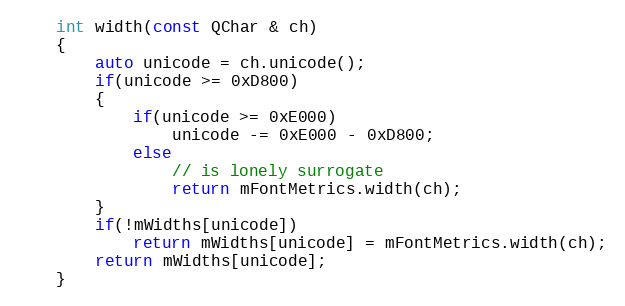
Language: C
    int width(const QChar & ch)
    {
        auto unicode = ch.unicode();
        if(unicode >= 0xD800)
        {
            if(unicode >= 0xE000)
                unicode -= 0xE000 - 0xD800;
            else
                // is lonely surrogate
                return mFontMetrics.width(ch);
        }
        if(!mWidths[unicode])
            return mWidths[unicode] = mFontMetrics.width(ch);
        return mWidths[unicode];
    }